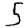
Digit: 5